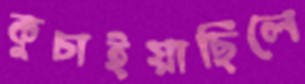
কুচাইয়াছিলে